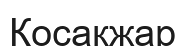
Қосақжар